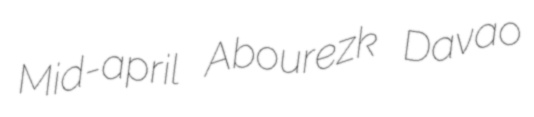
Mid-april Abourezk Davao